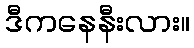
ဒီကနေနီးလား။